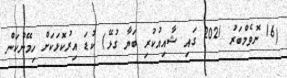
(16 ނޮވެމްބަރު 2021 ގައި ޝާއިއުކުރި ބަޔާ ގުޅޭ) ކުޑަ އިރުކޮޅަކަށް ހިމޭންކަން